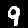
Label: 9